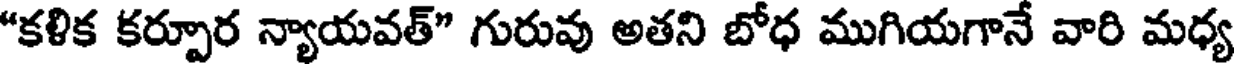
"కళిక కర్పూర న్యాయవత్" గురువు అతని బోధ ముగియగానే వారి మధ్య